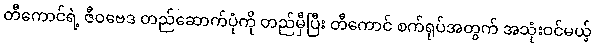
တီကောင်ရဲ့ ဇီဝဗေဒ တည်ဆောက်ပုံကို တည်မှီပြီး တီကောင် စက်ရုပ်အတွက် အသုံးဝင်မယ့်